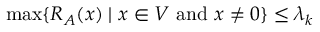
\operatorname* { m a x } \{ R _ { A } ( x ) \mid x \in V { \mathrm { ~ a n d ~ } } x \neq 0 \} \leq \lambda _ { k }